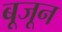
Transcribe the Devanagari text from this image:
बूजून